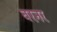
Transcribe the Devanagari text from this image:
बरनर